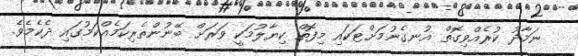
ނަމާދު ކުރެއްވިގޮތް އުނގެނުމަށްޓަކައި މިފޮތް ކިޔާލުމަކީ ވަރަށް ބޭނުންތެރިކަމެއްކަމުގައި ދެކެމެވެ.